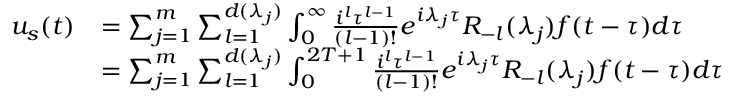
\begin{array} { r l } { u _ { s } ( t ) } & { = \sum _ { j = 1 } ^ { m } \sum _ { l = 1 } ^ { d ( \lambda _ { j } ) } \int _ { 0 } ^ { \infty } \frac { i ^ { l } \tau ^ { l - 1 } } { ( l - 1 ) ! } e ^ { i \lambda _ { j } \tau } R _ { - l } ( \lambda _ { j } ) f ( t - \tau ) d \tau } \\ & { = \sum _ { j = 1 } ^ { m } \sum _ { l = 1 } ^ { d ( \lambda _ { j } ) } \int _ { 0 } ^ { 2 T + 1 } \frac { i ^ { l } \tau ^ { l - 1 } } { ( l - 1 ) ! } e ^ { i \lambda _ { j } \tau } R _ { - l } ( \lambda _ { j } ) f ( t - \tau ) d \tau } \end{array}